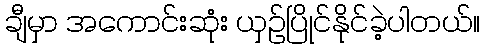
ချီမှာ အကောင်းဆုံး ယှဉ်ပြိုင်နိုင်ခဲ့ပါတယ်။